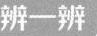
辨一辨